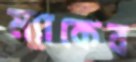
ম্যাকেব